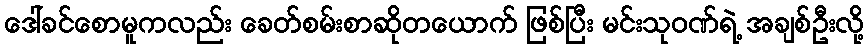
ဒေါ်ခင်စောမူကလည်း ခေတ်စမ်းစာဆိုတယောက် ဖြစ်ပြီး မင်းသုဝဏ်ရဲ့ အချစ်ဦးလို့